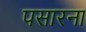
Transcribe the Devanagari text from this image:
पसारना